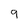
Character: 9